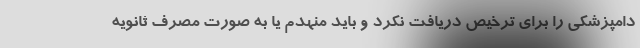
دامپزشکی را برای ترخیص دریافت نکرد و باید منهدم یا به صورت مصرف ثانویه